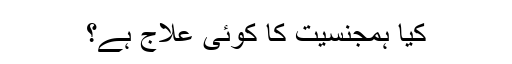
کیا ہمجنسیت کا کوئی علاج ہے؟